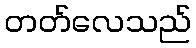
တတ်လေသည်